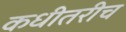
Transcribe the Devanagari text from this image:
कधीतरीच